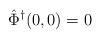
LaTeX: \begin{align*}\hat\Phi^\dagger(0,0) &= 0\end{align*}